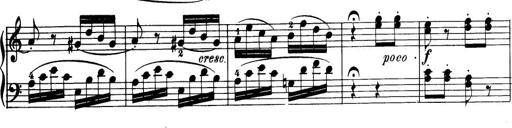
Title: 32 Sonatinas and Rondos for the Piano
Composer: Richard Kleinmichel